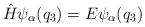
LaTeX: \begin{align*} \hat{H}\psi_\alpha(q_3)=E\psi_\alpha(q_3)\end{align*}